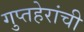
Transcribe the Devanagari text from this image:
गुप्तहेरांची